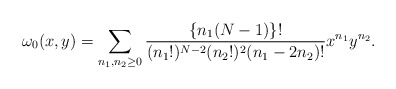
\begin{align*}\omega_0(x,y)=\sum_{n_1,n_2 \geq 0}\frac{\{n_1(N-1)\}!}{(n_1!)^{N-2}(n_2!)^2(n_1-2n_2)!}x^{n_1}y^{n_2}.\end{align*}